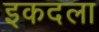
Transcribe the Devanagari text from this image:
इकदला